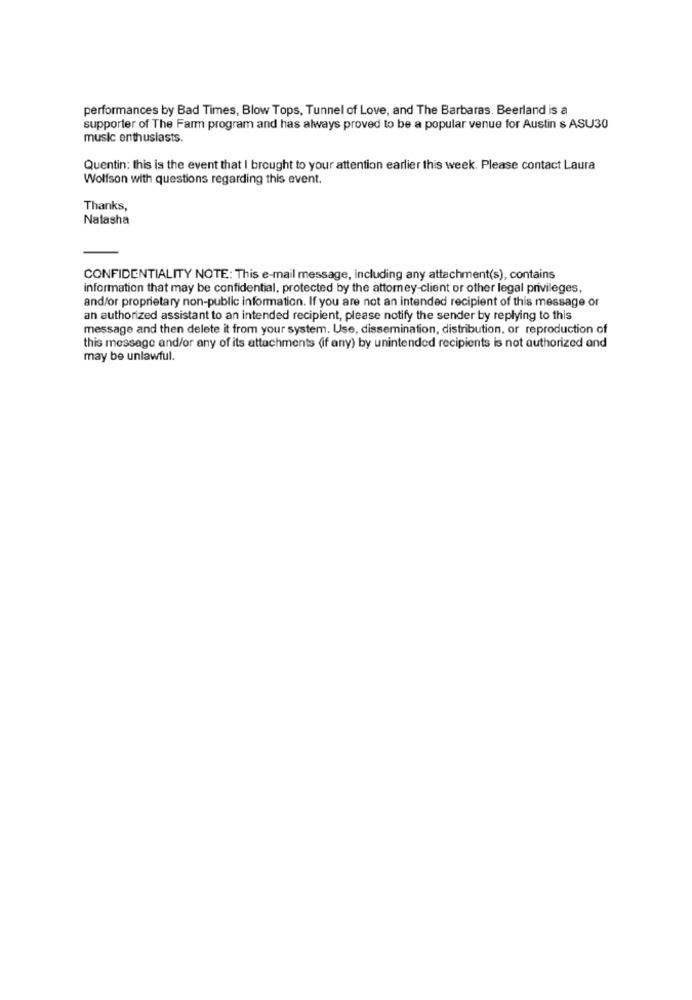
performances by Bad Times, Blow Tops, Tunnel of Love, and The Barbaras. Beerland is a
supporter of The Farm program and has always proved to be a popular venue for Austin s ASU30
music enthusiasts.
Quentin: this is the event that I brought to your attention earlier this week. Please contact Laura
Wolfson with questions regarding this event.
Thanks,
Natasha
CONFIDENTIALITY NOTE: This e-mail message, including any attachment(s), contains
information that may be confidential, protected by the attorney-client or other legal privileges,
and/or proprietary non-public information. If you are not an intended recipient of this message or
an authorized assistant to an intended recipient, please notify the sender by replying to this
message and then delete it from your system. Use, dissemination, distribution, or reproduction of
this message and/or any of its attachments (if any) by unintended recipients is not authorized and
may be unlawful.